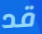
قد